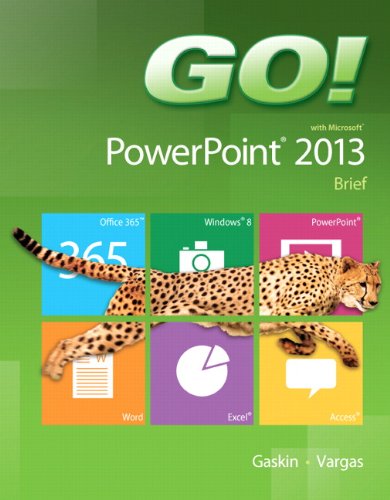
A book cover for GO! with Microsoft PowerPoint 2013 Brief; Shelley Gaskin; Computers & Technology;